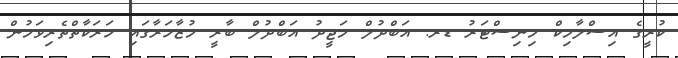
ކުރީގެ އިސްލާމިކް މިނިސްޓަރު ޑރ. އަބްދުލް މަޖީދު އަބްދުލް ބާރީ މުޒާހަރާގައި ހަރަކާތްތެރިވަމުން